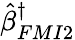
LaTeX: \hat{\beta}_{FMI2}^{\dagger}